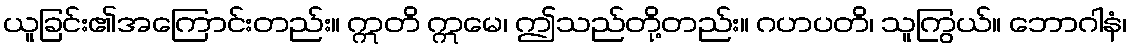
ယူခြင်း၏အကြောင်းတည်း။ ဣတိ ဣမေ၊ ဤသည်တို့တည်း။ ဂဟပတိ၊ သူကြွယ်။ ဘောဂါနံ၊